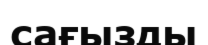
сағызды